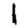
Digit: 1